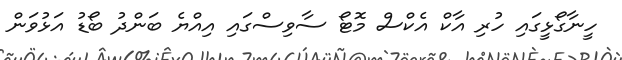
ހީނާގޯޅީގައި ހުރި އާކް އެކްސް މޮޓޯ ސާވިސްގައި އިއްޔެ ބަންދު ބޯޑު އަޅުވަން